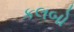
કલબો